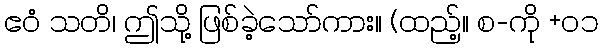
ဧဝံ သတိ၊ ဤသို့ ဖြစ်ခဲ့သော်ကား။ (ထည့်။ စ-ကို +၀၁